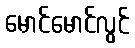
မောင်မောင်လွင်